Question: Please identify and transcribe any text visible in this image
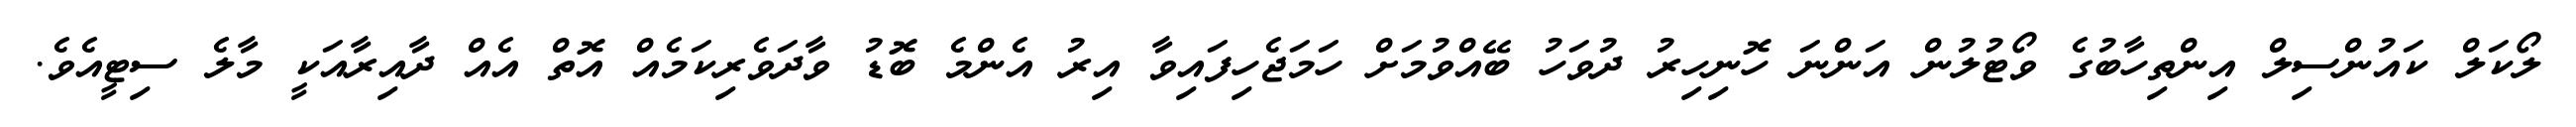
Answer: ލޯކަލް ކައުންސިލް އިންތިހާބުގެ ވޯޓުލުން އަންނަ ހޮނިހިރު ދުވަހު ބޭއްވުމަށް ހަމަޖެހިފައިވާ އިރު އެންމެ ބޮޑު ވާދަވެރިކަމެއް އޮތް އެއް ދާއިރާއަކީ މާލެ ސިޓީއެވެ.